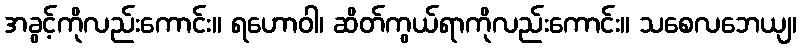
အခွင့်ကိုလည်းကောင်း။ ရဟောဝါ၊ ဆိတ်ကွယ်ရာကိုလည်းကောင်း။ သစေလဘေယျ၊